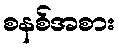
စနစ်အစား